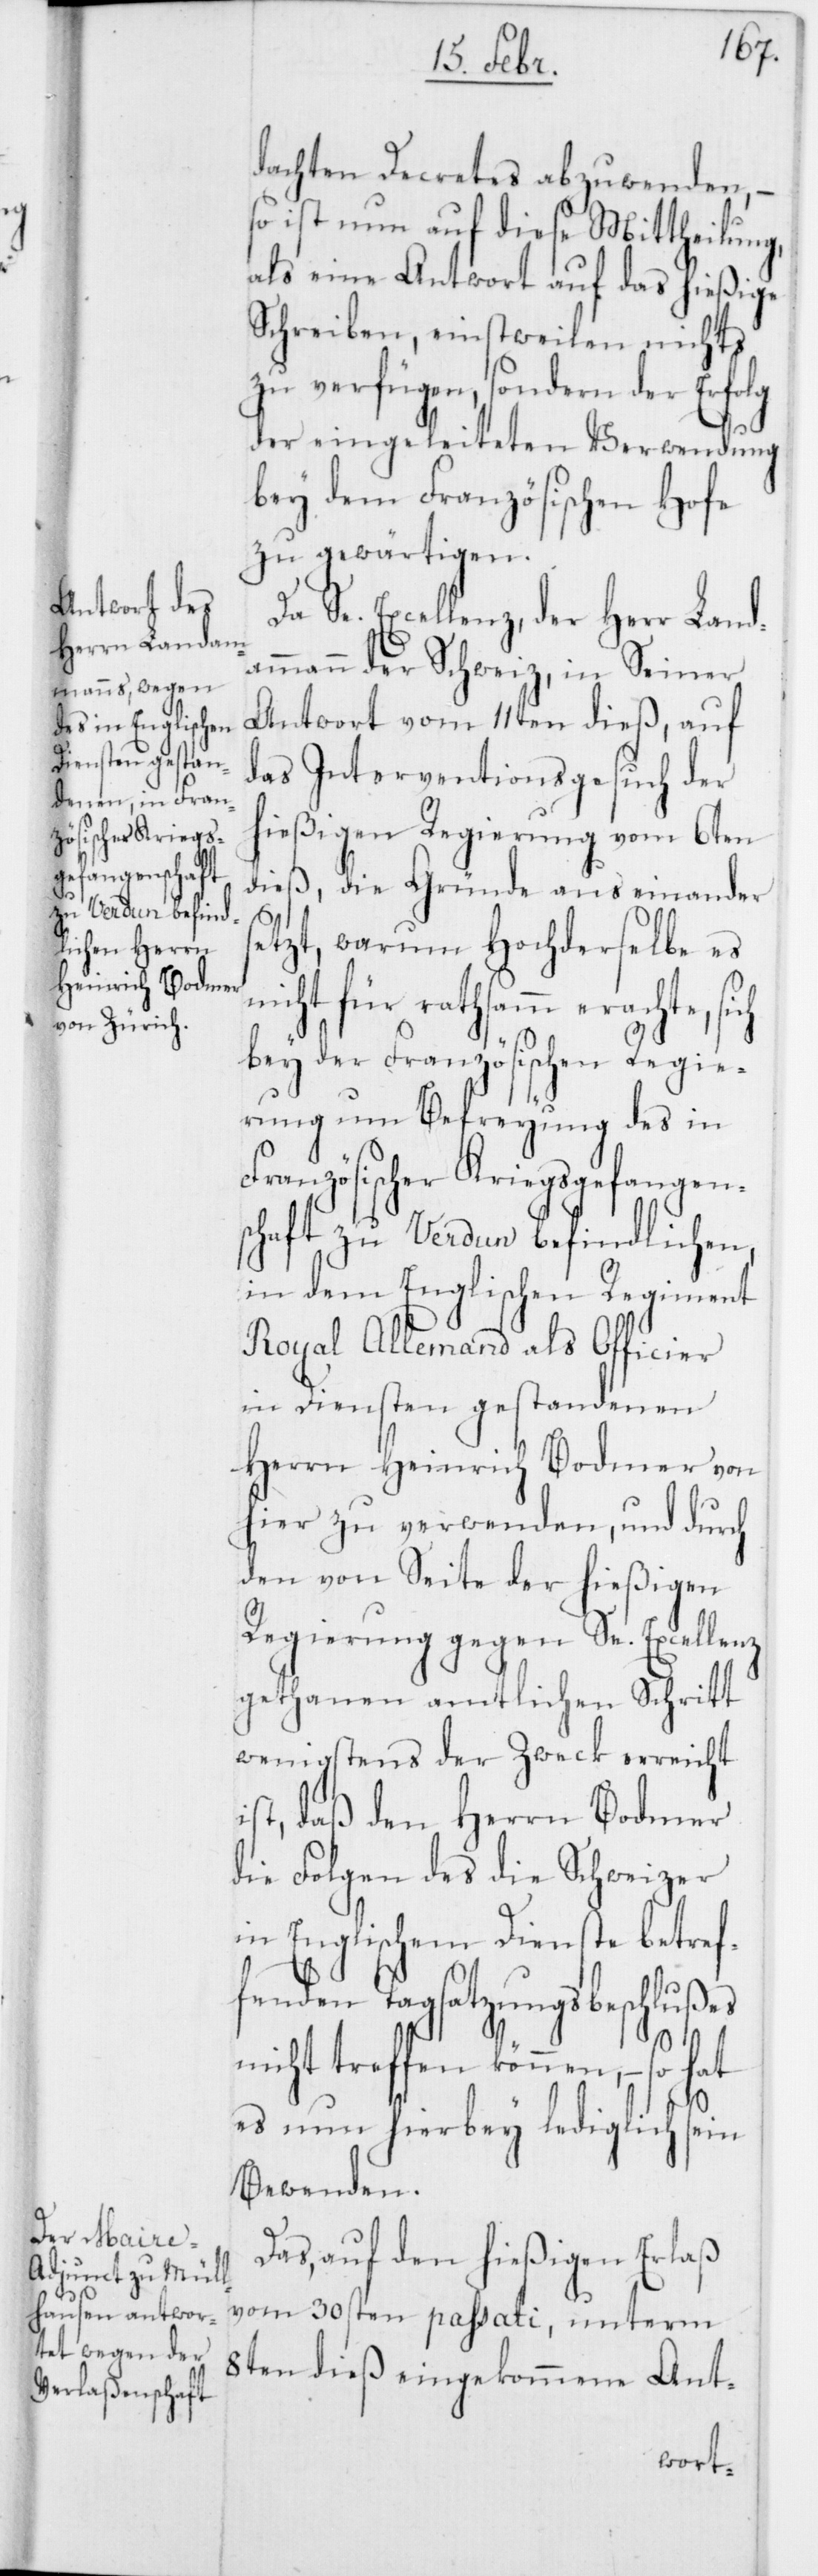
n¬
dachten Decretes abzuwenden, –
so ist nun auf diese Mittheilung,
als eine Antwort auf das hießige
Schreiben, einstweilen nichts
zu verfügen, sondern der Erfolg
der eingeleiteten Verwendung
bey dem Französischen Hofe
zu gewärtigen.
Da Se. Excellenz, der Herr Land¬
ammann der Schweiz in seiner
Antwort vom 11ten dieß, auf
das Interventionsgesuch der
hießigen Regierung vom 6ten
dieß, die Gründe auseinander s¬
etzt, warum Hochderselbe es
icht für rathsamm erachte,
bey der Französischen Regie¬
rung um Befreyung des in
Französischer Kriegsgefangen¬
schaft zu Verdun befindlichen,
in dem Englischem Regiment
Royal Allemand als Officier
in Diensten gestandenen
Herrn Heinrich Bodmer von
hier zu verwenden, und durch
den von Seite der hießigen
Regierung gegen Se. Excellenz,
gethanen amtlichen Schritt
wenigstens der Zweck erreicht
ist, daß den Herrn Bodmer
die Folgen des die Schweizer
in Englischem Dienste betref¬
fenden Tagsatzungsbeschlußes
nicht treffen können, – so
es nun hierbey lediglich sein
Bewenden.
Das, auf den hießigen Erlaß
vom 30sten passati, unterm
8ten dieß eingekommene Ant-